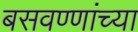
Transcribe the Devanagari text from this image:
बसवण्णांच्या